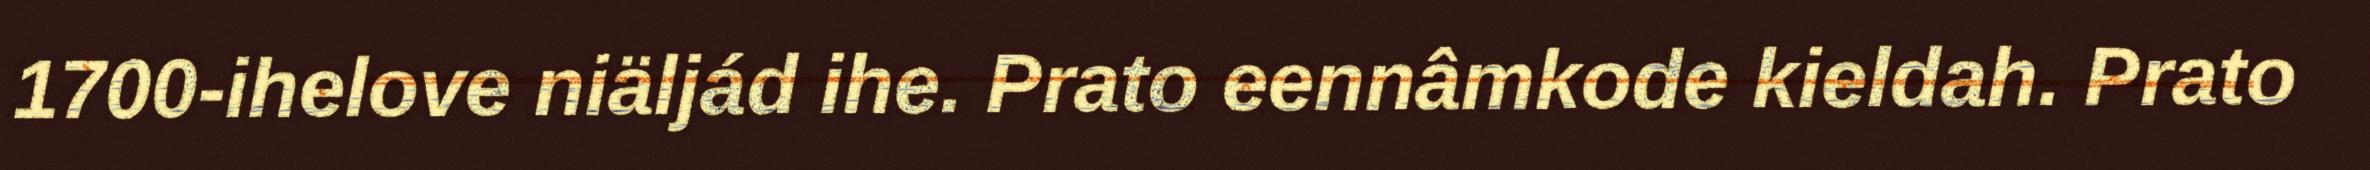
1700-ihelove niäljád ihe. Prato eennâmkode kieldah. Prato